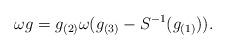
LaTeX: \begin{align*}\omega g = g_{(2)}\omega(g_{(3)} - S^{-1}(g_{(1)})). \end{align*}